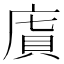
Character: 𢉯